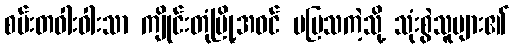
စမ်းတဝါးဝါးသာ ကျိုင်းတုံမြို့အဝင် မပြသကဲ့သို့ သုံးစွဲသူများ၏